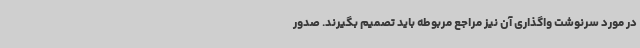
در مورد سرنوشت واگذاری آن نیز مراجع مربوطه باید تصمیم بگیرند. صدور